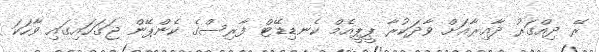
ރޭ ދިއްގަރު ދާއިރާއަށް ވާދަކުރާ ޕީޕީއެމް ކެނޑިޑޭޓް ފާރިސްގެ ކެންޕޭން ޖަގަހައިގައި ވާހަކަ